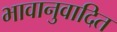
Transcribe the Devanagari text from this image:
भावानुवादित